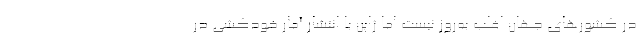
در کشورهای جهان اغلب به‌روز نیست اما ژاپن با انتشار آمار خودکشی در